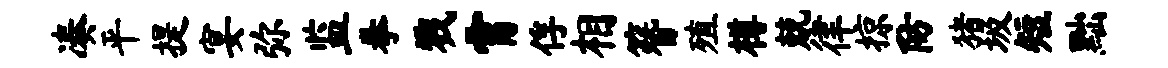
凑平提宴弥监拳戮霄俘相簪殖樽兢律掠防猪圾短黜